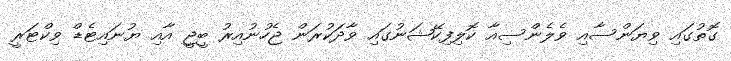
ގޮތުގައި ވިޔަންސާއި ވެލެންސިއާ ކޮލިފިކޭޝަނުގައި ވާދަކުރަން ޖެހުނުއިރު ބީޖީ އާއި ޔުނައިޓެޑް ވިކްޓަރީ